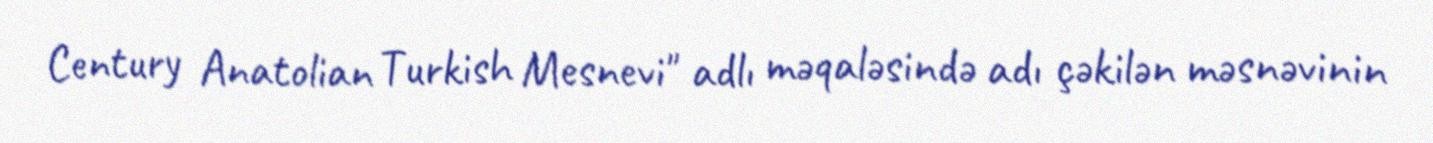
Century Anatolian Turkish Mesnevi" adlı məqaləsində adı çəkilən məsnəvinin